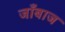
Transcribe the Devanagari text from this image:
जाँबाज